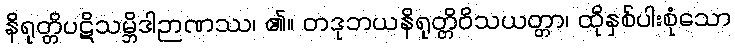
နိရုတ္တိပဋိသမ္ဘိဒါဉာဏဿ၊ ၏။ တဒုဘယနိရုတ္တိဝိသယတ္တာ၊ ထိုနှစ်ပါးစုံသော